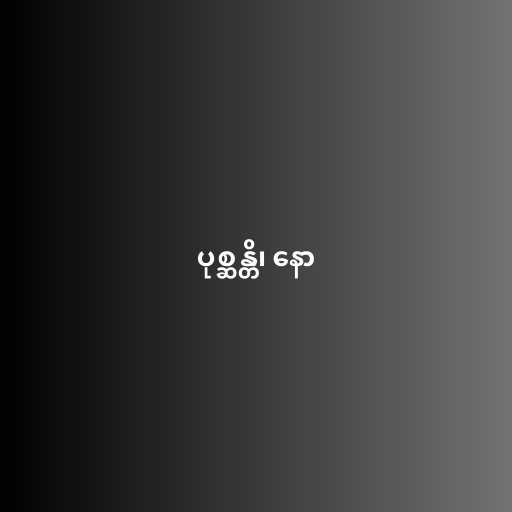
ပုစ္ဆန္တိ၊ နော